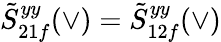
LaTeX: \tilde{S}_{21f}^{yy}(\vee)=\tilde{S}_{12f}^{yy}(\vee)